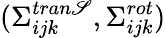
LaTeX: (\Sigma_{ijk}^{tran\mathscr{S}},\Sigma_{ijk}^{rot})